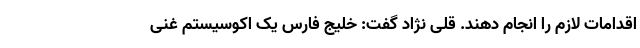
اقدامات لازم را انجام دهند. قلی نژاد گفت: خلیج فارس یک اکوسیستم غنی